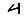
Digit: 4